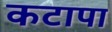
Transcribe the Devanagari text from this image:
कटापा